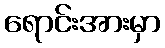
ရောင်းအားမှာ